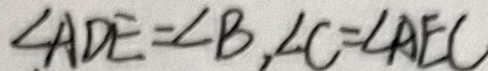
\angle A D E = \angle B , \angle C = \angle A E C